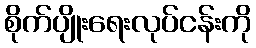
စိုက်ပျိုးရေးလုပ်ငန်းကို